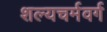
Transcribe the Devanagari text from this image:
शल्यचर्मवर्ग